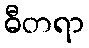
ဓီတရာ